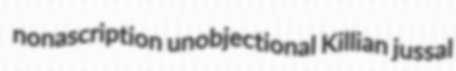
nonascription unobjectional Killian jussal